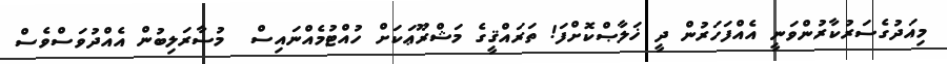
މިއަދުގެސަރުކާރުންވަނީ އެއްފަހަރުން ދީ ޚަލާޞްކޮށްފަ! ތަރައްޤީގެ މަޝްރޫޢަކަށް ހުއްޓުމެއްނައިސް  މުސާރަލިބުން އެއްދުވަސްވެސް